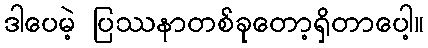
ဒါပေမဲ့ ပြဿနာတစ်ခုတော့ရှိတာပေါ့။